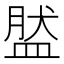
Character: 𥁾